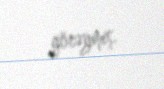
görəymiş.